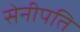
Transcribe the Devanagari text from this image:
सेनीपति